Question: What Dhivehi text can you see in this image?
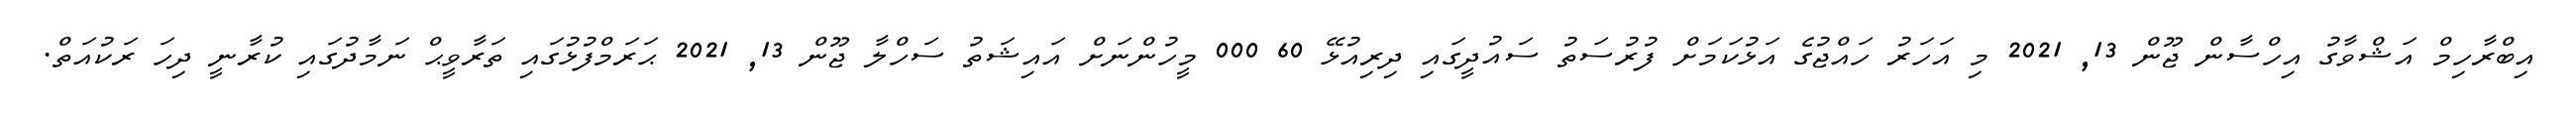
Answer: އިބްރާހިމް އަޝްވާގު އިހްސާން ޖޫން 13, 2021 މި އަހަރު ހައްޖުގެ އަޅުކަމަށް ފުރުސަތު ސައުދީގައި ދިރިއުޅޭ 60 000 މީހުންނަށް އައިޝަތު ސަހްލާ ޖޫން 13, 2021 ޙަރަމްފުޅުގައި ތަރާވީޙް ނަމާދުގައި ކުރާނީ ދިހަ ރަކުއަތް.